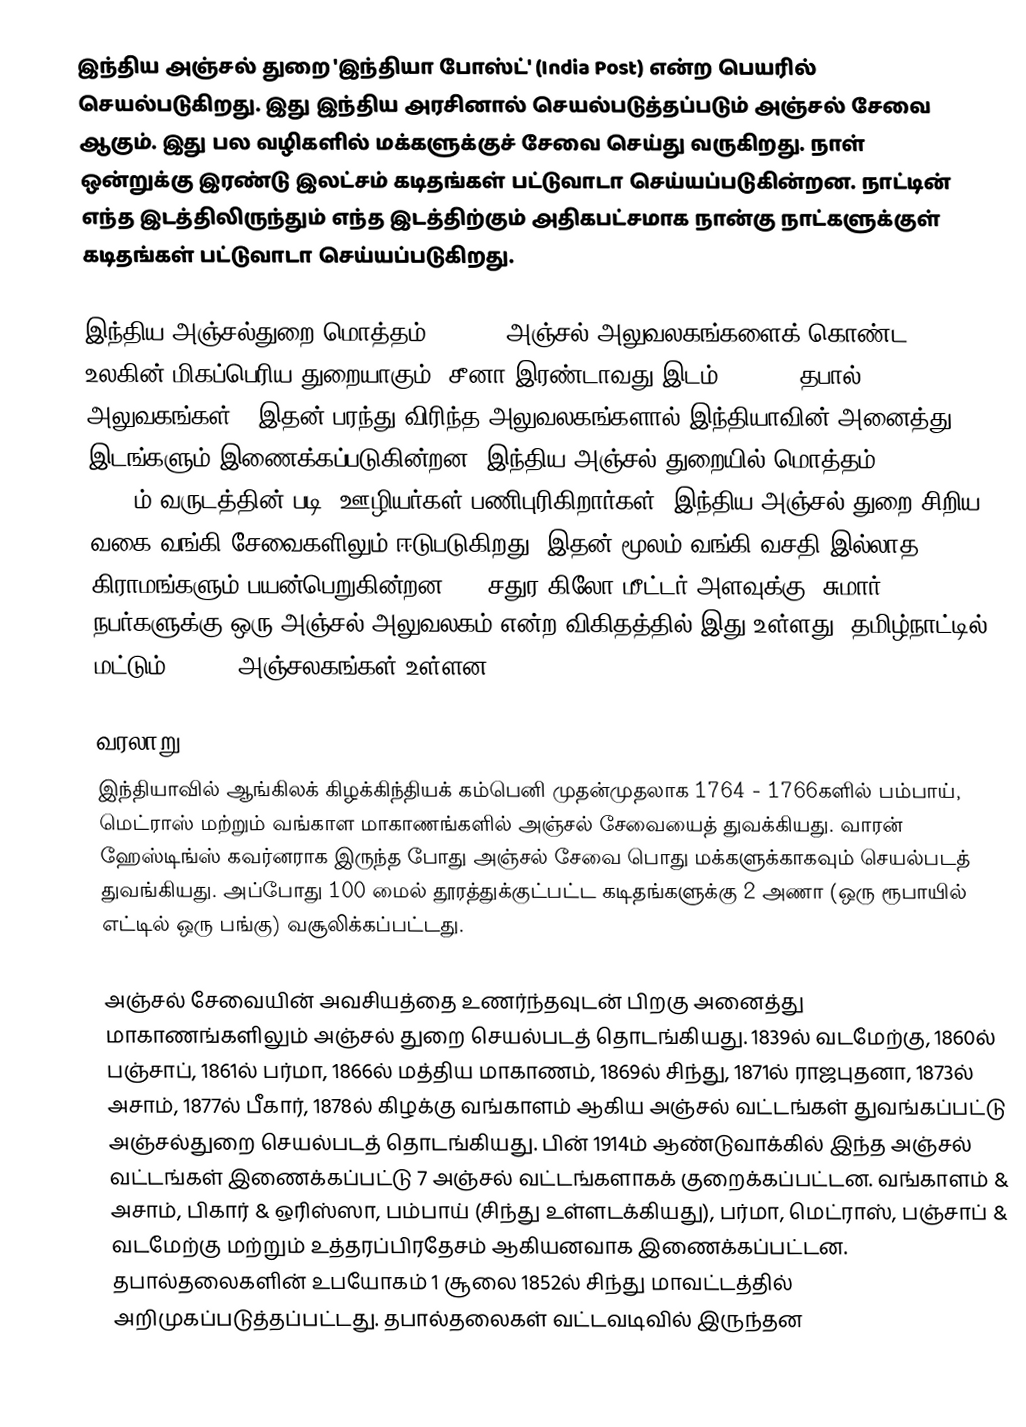
இந்திய அஞ்சல் துறை 'இந்தியா போஸ்ட்' (India Post) என்ற பெயரில் செயல்படுகிறது. இது இந்திய அரசினால் செயல்படுத்தப்படும் அஞ்சல் சேவை ஆகும். இது பல வழிகளில் மக்களுக்குச் சேவை செய்து வருகிறது. நாள் ஒன்றுக்கு இரண்டு இலட்சம் கடிதங்கள் பட்டுவாடா செய்யப்படுகின்றன. நாட்டின் எந்த இடத்திலிருந்தும் எந்த இடத்திற்கும் அதிகபட்சமாக நான்கு நாட்களுக்குள் கடிதங்கள் பட்டுவாடா செய்யப்படுகிறது.

இந்திய அஞ்சல்துறை மொத்தம் 154,000 அஞ்சல் அலுவலகங்களைக் கொண்ட உலகின் மிகப்பெரிய துறையாகும் (சீனா இரண்டாவது இடம், 57,000 தபால் அலுவகங்கள்). இதன் பரந்து விரிந்த அலுவலகங்களால் இந்தியாவின் அனைத்து இடங்களும் இணைக்கப்படுகின்றன. இந்திய அஞ்சல் துறையில் மொத்தம் 593,878 (2001ம் வருடத்தின் படி) ஊழியர்கள் பணிபுரிகிறார்கள். இந்திய அஞ்சல் துறை சிறிய வகை வங்கி சேவைகளிலும் ஈடுபடுகிறது. இதன் மூலம் வங்கி வசதி இல்லாத கிராமங்களும் பயன்பெறுகின்றன. 21 சதுர கிலோ மீட்டர் அளவுக்கு, சுமார் 6000 நபர்களுக்கு ஒரு அஞ்சல் அலுவலகம் என்ற விகிதத்தில் இது உள்ளது. தமிழ்நாட்டில் மட்டும் 10,264 அஞ்சலகங்கள் உள்ளன.

வரலாறு
இந்தியாவில் ஆங்கிலக் கிழக்கிந்தியக் கம்பெனி முதன்முதலாக 1764 - 1766களில் பம்பாய், மெட்ராஸ் மற்றும் வங்காள மாகாணங்களில் அஞ்சல் சேவையைத் துவக்கியது. வாரன் ஹேஸ்டிங்ஸ் கவர்னராக இருந்த போது அஞ்சல் சேவை பொது மக்களுக்காகவும் செயல்படத் துவங்கியது. அப்போது 100 மைல் தூரத்துக்குட்பட்ட கடிதங்களுக்கு 2 அணா (ஒரு ரூபாயில் எட்டில் ஒரு பங்கு) வசூலிக்கப்பட்டது.

அஞ்சல் சேவையின் அவசியத்தை உணர்ந்தவுடன் பிறகு அனைத்து மாகாணங்களிலும் அஞ்சல் துறை செயல்படத் தொடங்கியது. 1839ல் வடமேற்கு, 1860ல் பஞ்சாப், 1861ல் பர்மா, 1866ல் மத்திய மாகாணம், 1869ல் சிந்து, 1871ல் ராஜபுதனா, 1873ல் அசாம், 1877ல் பீகார், 1878ல் கிழக்கு வங்காளம் ஆகிய அஞ்சல் வட்டங்கள் துவங்கப்பட்டு அஞ்சல்துறை செயல்படத் தொடங்கியது. பின் 1914ம் ஆண்டுவாக்கில் இந்த அஞ்சல் வட்டங்கள் இணைக்கப்பட்டு 7 அஞ்சல் வட்டங்களாகக் குறைக்கப்பட்டன. வங்காளம் & அசாம், பிகார் & ஒரிஸ்ஸா, பம்பாய் (சிந்து உள்ளடக்கியது), பர்மா, மெட்ராஸ், பஞ்சாப் & வடமேற்கு மற்றும் உத்தரப்பிரதேசம் ஆகியனவாக இணைக்கப்பட்டன. தபால்தலைகளின் உபயோகம் 1 சூலை 1852ல் சிந்து மாவட்டத்தில் அறிமுகப்படுத்தப்பட்டது. தபால்தலைகள் வட்டவடிவில் இருந்தன